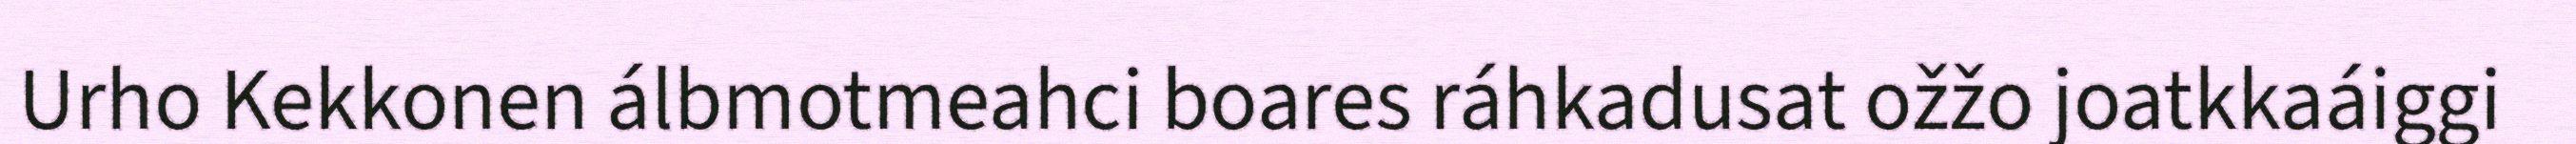
Urho Kekkonen álbmotmeahci boares ráhkadusat ožžo joatkkaáiggi